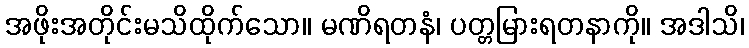
အဖိုးအတိုင်းမသိထိုက်သော။ မဏိရတနံ၊ ပတ္တမြားရတနာကို။ အဒါသိ၊